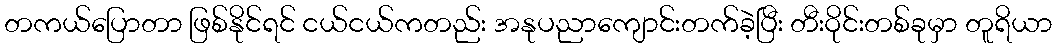
တကယ်ပြောတာ ဖြစ်နိုင်ရင် ငယ်ငယ်ကတည်း အနုပညာကျောင်းတက်ခဲ့ပြီး တီးဝိုင်းတစ်ခုမှာ တူရိယာ